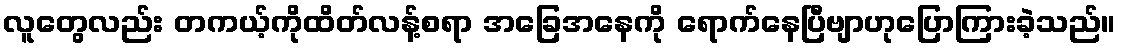
လူတွေလည်း တကယ့်ကိုထိတ်လန့်စရာ အခြေအနေကို ရောက်နေပြီဗျာဟုပြောကြားခဲ့သည်။